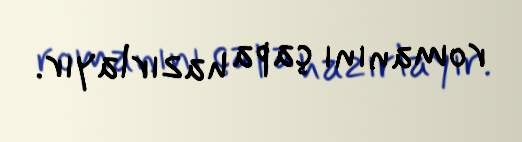
romanını çapa hazırlayır.